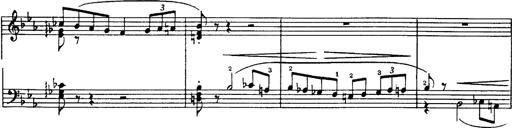
Title: Danza sacra e duetto finale dâ€™Aida
Composer: Franz Liszt